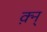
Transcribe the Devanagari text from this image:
क़्न्